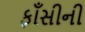
ફાઁસીની